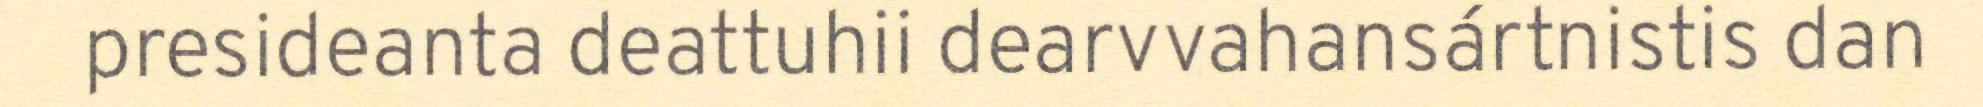
presideanta deattuhii dearvvahansártnistis dan